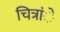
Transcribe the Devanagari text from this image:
चित्रांे